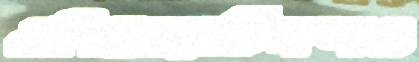
এপিজেনেটিকসও